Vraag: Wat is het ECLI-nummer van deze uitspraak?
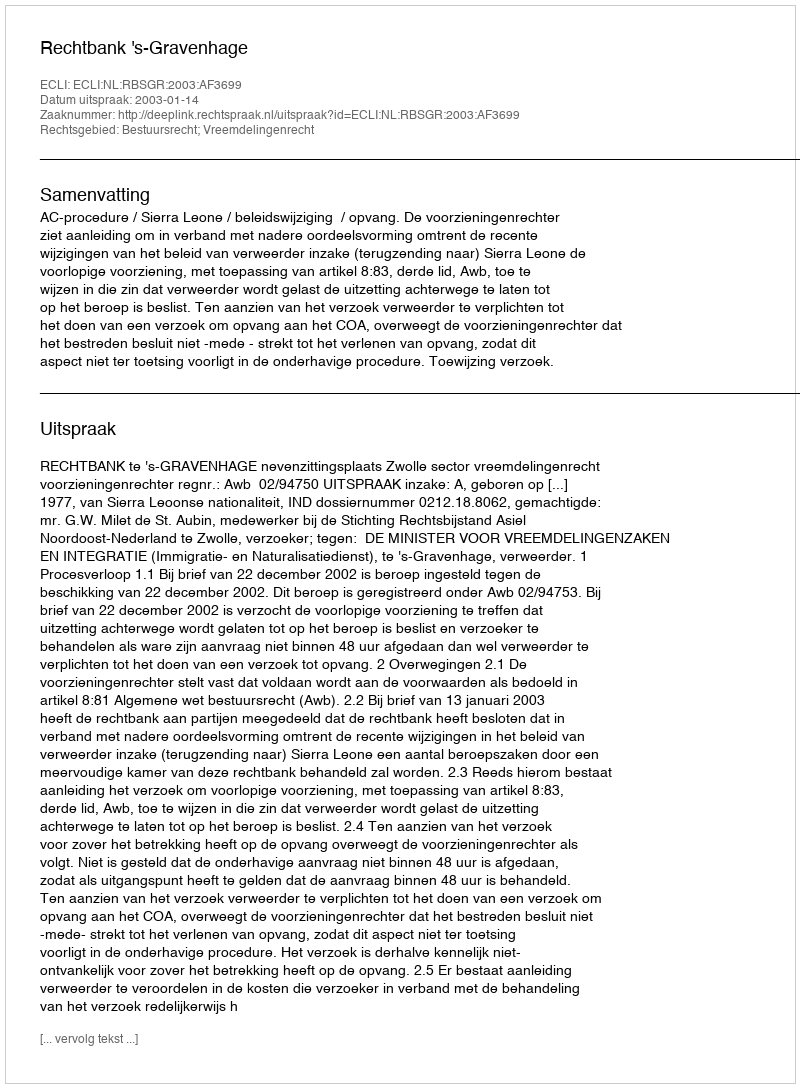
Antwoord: ECLI:NL:RBSGR:2003:AF3699